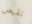
نقيض